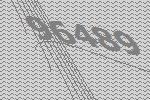
96489